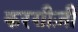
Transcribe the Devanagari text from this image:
करग़ीज़ी